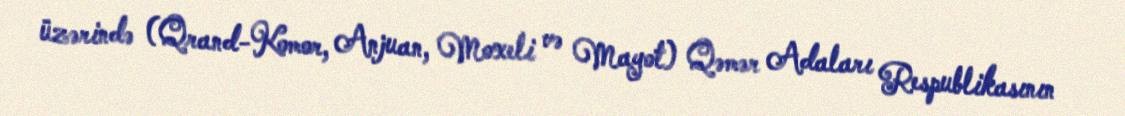
üzərində (Qrand-Komor, Anjuan, Moxeli və Mayot) Qəmər Adaları Respublikasının